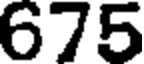
675